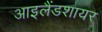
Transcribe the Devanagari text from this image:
आइलैंडशायर